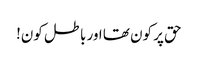
حق پر کون تھا اور باطل کون!